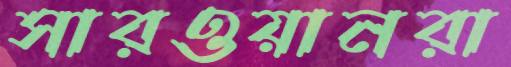
সারওয়ানরা